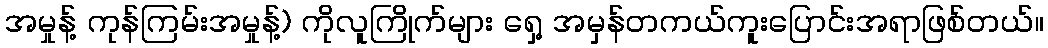
အမှုန့် ကုန်ကြမ်းအမှုန့်) ကိုလူကြိုက်များ ရှေ့ အမှန်တကယ်ကူးပြောင်းအရာဖြစ်တယ်။